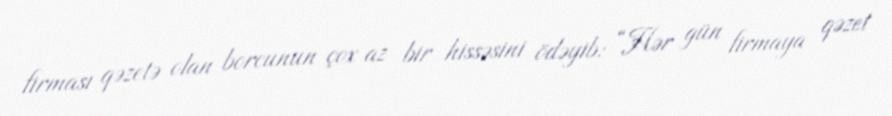
firması qəzetə olan borcunun çox az bir hissəsini ödəyib: “Hər gün firmaya qəzet